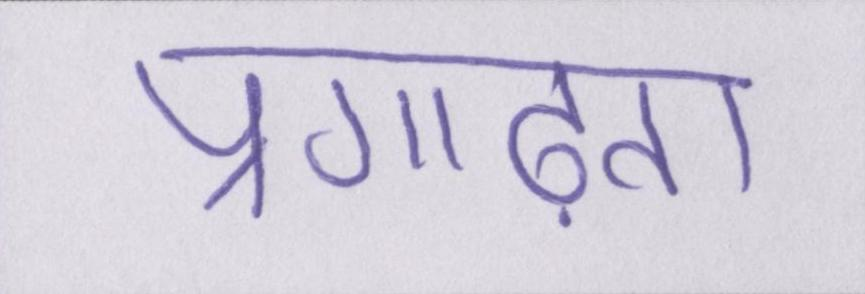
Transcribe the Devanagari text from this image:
प्रगाढ़ता